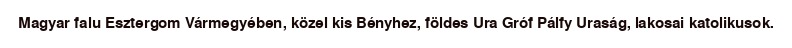
Magyar falu Esztergom Vármegyében, közel kis Bényhez, földes Ura Gróf Pálfy Uraság, lakosai katolikusok.